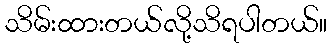
သိမ်းထားတယ်လို့သိရပါတယ်။